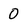
Character: 0